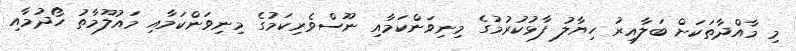
މި މާއްދާތަކަށް ބަލާއިރު ހިޔާލު ފާޅުކުރުމުގެ މިނިވަންކަމާއި ނޫސްވެރިކަމުގެ މިނިވަންކަމާއި މައުލޫމާތު ހޯދުމާއި